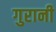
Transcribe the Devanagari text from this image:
गुरानी